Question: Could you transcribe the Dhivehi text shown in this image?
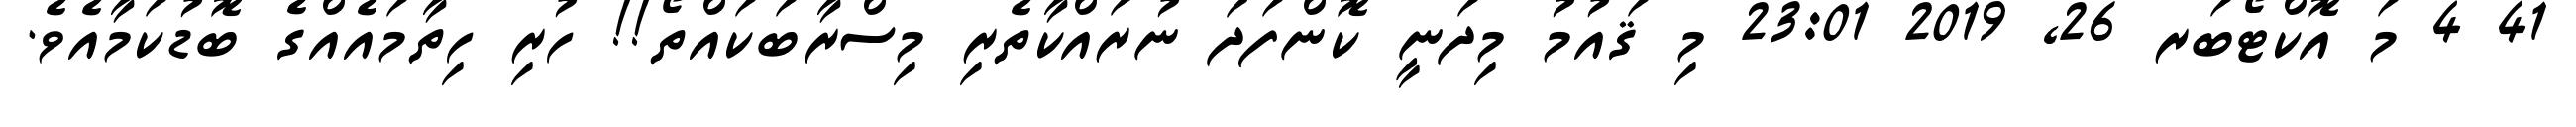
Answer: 41 4 މަ އޮކްޓޯބަރ 26, 2019 23:01 މި ޤައުމު މިދަނީ ކޮންފަދަ ނުރައްކާތެރި މިސްރާބަކައްތޯ!! ހުރި ހިތާމައެއްގެ ބޮޑުކަމާއެވެ.